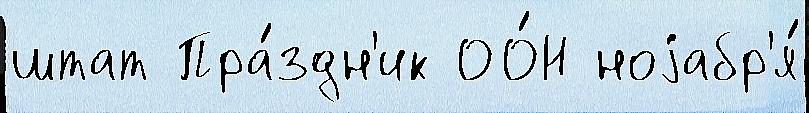
штат Пра́здн'ик ОО́Н ноjабр'я́